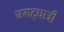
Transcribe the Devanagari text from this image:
जगद्‌धात्री